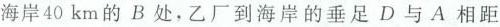
海岸40km的B处，乙厂到海岸的垂足D与A相距